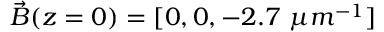
\vec { B } ( z = 0 ) = [ 0 , 0 , - 2 . 7 ~ \mu m ^ { - 1 } ]